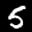
Label: 5